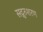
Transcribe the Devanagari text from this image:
सद्गुरुशरण